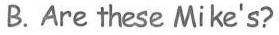
B.Are these Mike's?